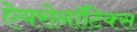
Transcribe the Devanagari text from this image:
ऐयरोनॉटिक्स